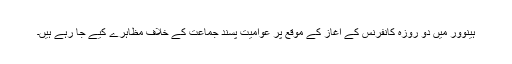
ہینوور میں دو روزہ کانفرنس کے آغاز کے موقع پر عوامیت پسند جماعت کے خلاف مظاہرے کیے جا رہے ہیں۔